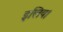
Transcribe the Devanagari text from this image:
इलिय।